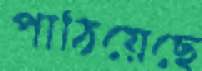
পাঠিয়েছে